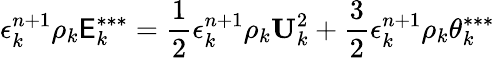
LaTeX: \epsilon_{k}^{n+1}\rho_{k}\mathsf{E}_{k}^{***}=\frac{{1}}{{2}}\epsilon_{k}^{n+1}\rho_{k}\textbf{{U}}_{k}^{2}+\frac{{3}}{{2}}\epsilon_{k}^{n+1}\rho_{k}\theta_{k}^{***}